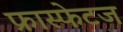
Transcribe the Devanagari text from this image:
फ्रास्फेटज